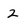
Character: 2